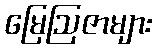
မြေဩဇာများ